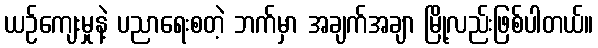
ယဉ်ကျေးမှုနဲ့ ပညာရေးစတဲ့ ဘက်မှာ အချက်အချာ မြို့လည်းဖြစ်ပါတယ်။